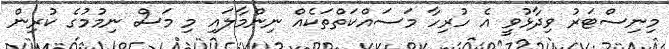
މިނިސްޓަރު ވިދާޅުވީ އެ ހުރިހާ މަސައްކަތްތަކެއް ނިންމާލައި މި މަސް ނިމުމުގެ ކުރިން